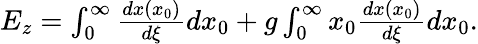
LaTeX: \begin{array}{r}{E_{z}=\int_{0}^{\infty}\frac{dx(x_{0})}{d\xi}dx_{0}+g\int_{0}^{\infty}x_{0}\frac{dx(x_{0})}{d\xi}dx_{0}.}\end{array}